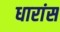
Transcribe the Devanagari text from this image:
धारांस